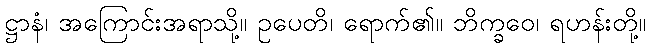
ဋ္ဌာနံ၊ အကြောင်းအရာသို့။ ဥပေတိ၊ ရောက်၏။ ဘိက္ခဝေ၊ ရဟန်းတို့။